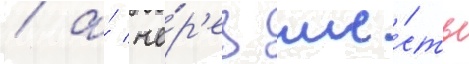
/ а́ че́р'ез ше́сть